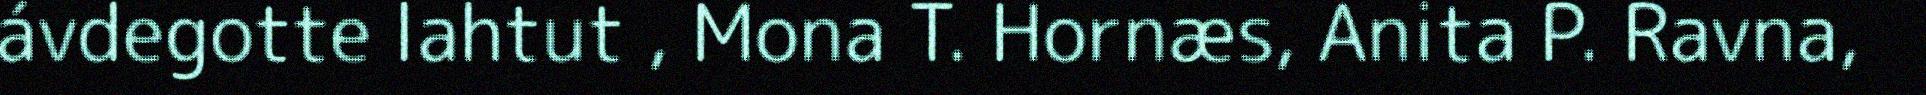
ávdegotte lahtut , Mona T. Hornæs, Anita P. Ravna,